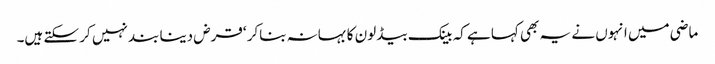
ماضی میں انہوں نے یہ بھی کہا ہے کہ بینک بیڈ لون کا بہانہ بناکر ‘قرض دینا بند نہیں کر سکتے ہیں۔